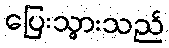
ပြေးသွားသည်